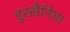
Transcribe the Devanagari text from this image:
हुस्सैनिया